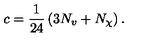
c = \frac { 1 } { 2 4 } \left( 3 N _ { v } + N _ { \chi } \right) .